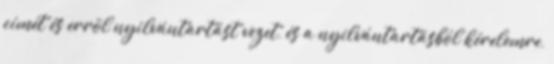
címét és errõl nyilvántartást vezet, és a nyilvántartásból kérelemre,